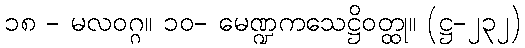
၁၈ - မလဝဂ္ဂ။ ၁၀- မေဏ္ဍကသေဋ္ဌိဝတ္ထု။ (ဋ္ဌ-၂၃၂)